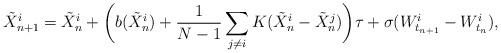
LaTeX: \begin{align*}\tilde X_{n+1}^i = \tilde X_n^i +\bigg(b(\tilde X_n^i) + \frac1{N-1}\sum_{j\neq i}K(\tilde X_n^i-\tilde X_n^j)\bigg)\tau + \sigma(W_{t_{n+1}}^i - W_{t_n}^i),\end{align*}